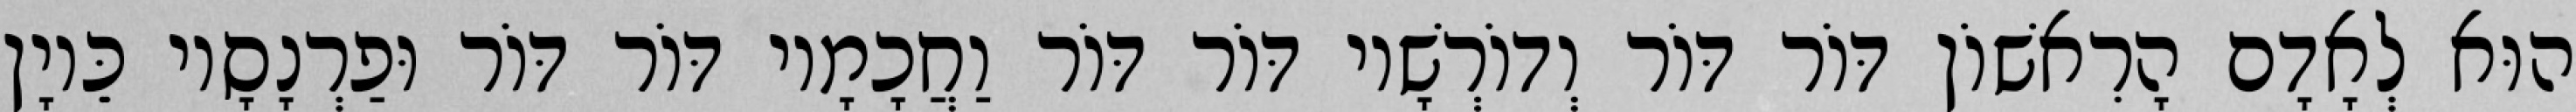
הוּא לְאָדָם הָרִאשׁוֹן דּוֹר דּוֹר וְדוֹרְשָׁיו דּוֹר דּוֹר וַחֲכָמָיו דּוֹר דּוֹר וּפַרְנָסָיו כֵּיוָן